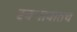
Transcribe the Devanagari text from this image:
स्वभावातच